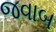
જવાબ